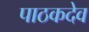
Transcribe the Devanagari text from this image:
पाठकदेव